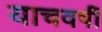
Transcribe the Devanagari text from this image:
याचवर्षी